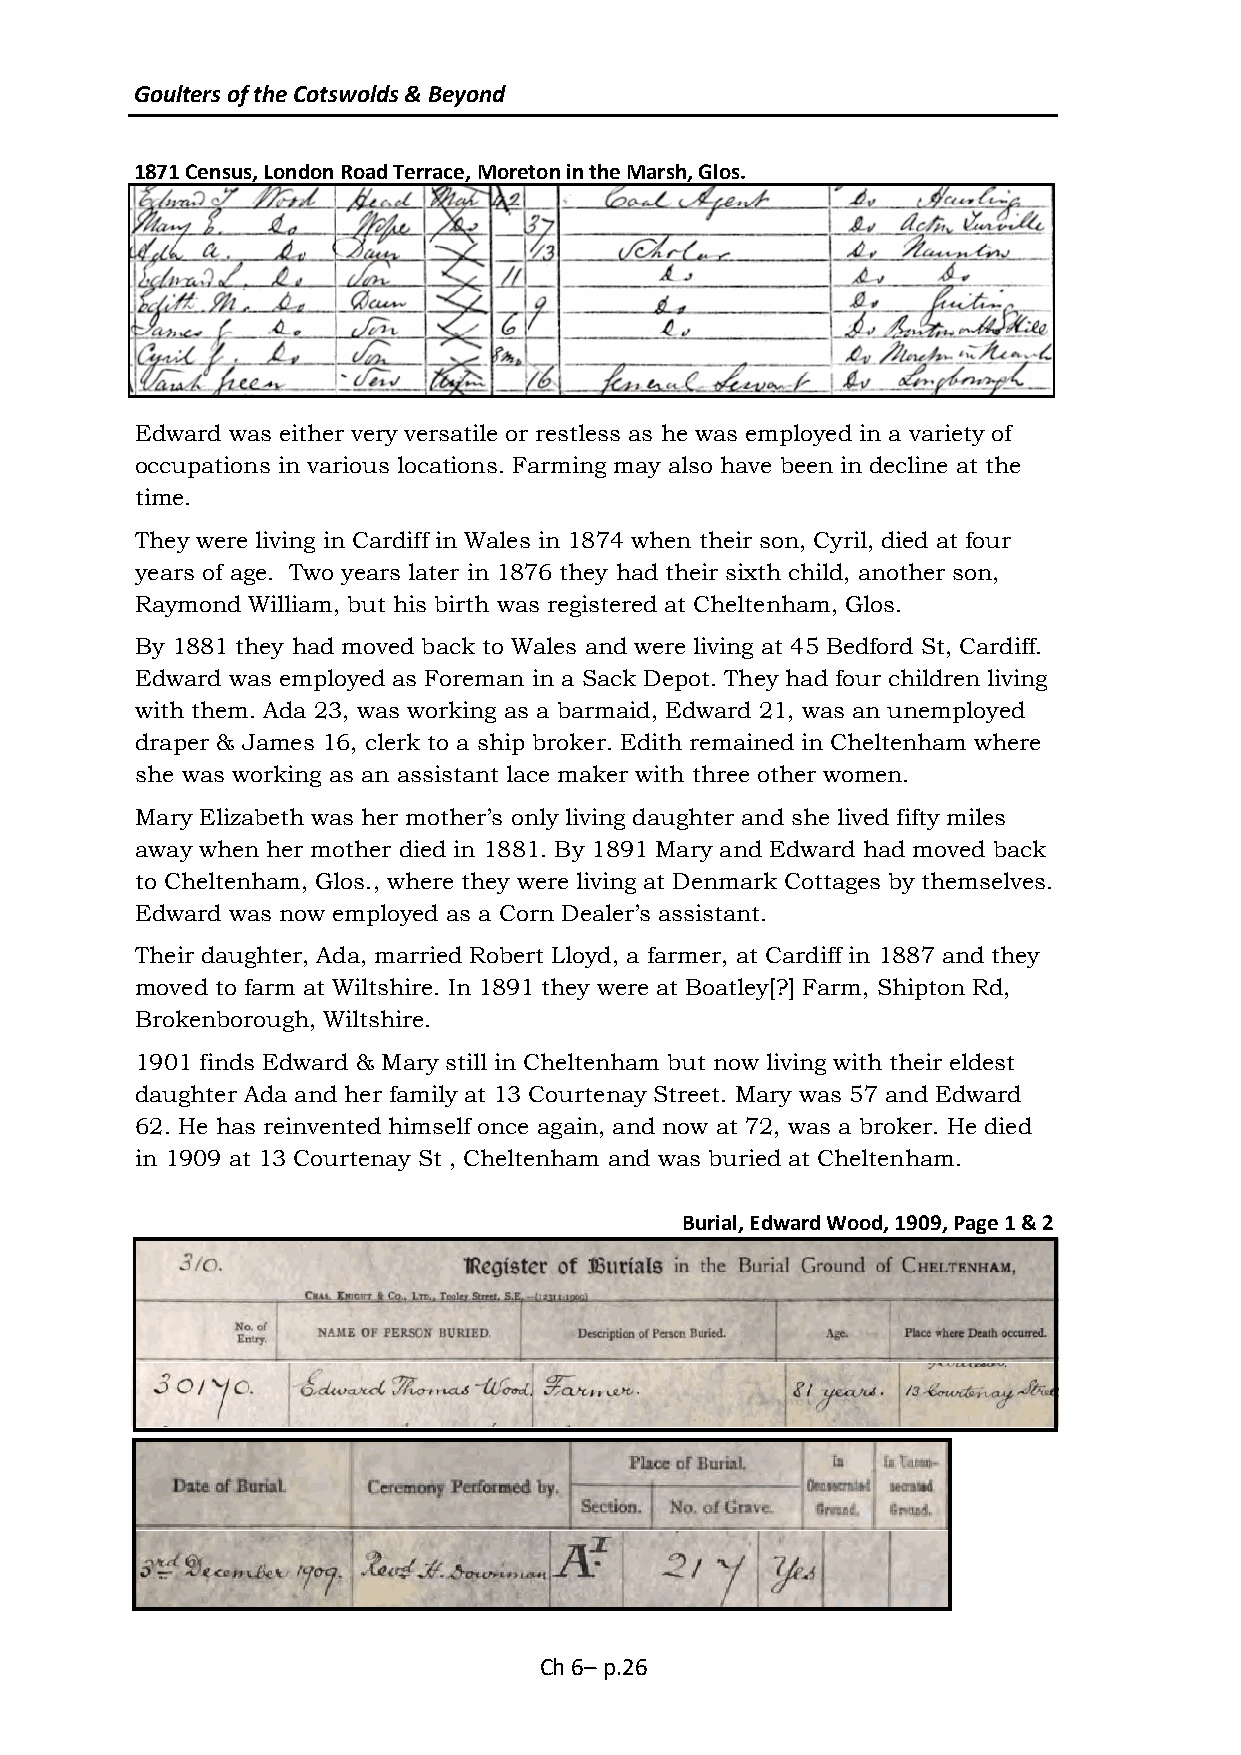
Goulters of the Cotswolds & Beyond
 1871 Census, London Road Terrace, Moreton in the Marsh, Glos.
 Edward was either very versatile or restless as he was employed in a variety of
 occupations in various locations. Farming may also have been in decline at the
 time.
 They were living in Cardiff in Wales in 1874 when their son, Cyril, died at four
 years of age. Two years later in 1876 they had their sixth child, another son,
 Raymond William, but his birth was registered at Cheltenham, Glos.
 By 1881 they had moved back to Wales and were living at 45 Bedford St, Cardiff.
 Edward was employed as Foreman in a Sack Depot. They had four children living
 with them. Ada 23, was working as a barmaid, Edward 21, was an unemployed
 draper & James 16, clerk to a ship broker. Edith remained in Cheltenham where
 she was working as an assistant lace maker with three other women.
 Mary Elizabeth was her mother’s only living daughter and she lived fifty miles
 away when her mother died in 1881. By 1891 Mary and Edward had moved back
 to Cheltenham, Glos., where they were living at Denmark Cottages by themselves.
 Edward was now employed as a Corn Dealer’s assistant.
 Their daughter, Ada, married Robert Lloyd, a farmer, at Cardiff in 1887 and they
 moved to farm at Wiltshire. In 1891 they were at Boatley[?] Farm, Shipton Rd,
 Brokenborough, Wiltshire.
 1901 finds Edward & Mary still in Cheltenham but now living with their eldest
 daughter Ada and her family at 13 Courtenay Street. Mary was 57 and Edward
 62. He has reinvented himself once again, and now at 72, was a broker. He died
 in 1909 at 13 Courtenay St , Cheltenham and was buried at Cheltenham.
 Burial, Edward Wood, 1909, Page 1 & 2
 Ch 6– p.26